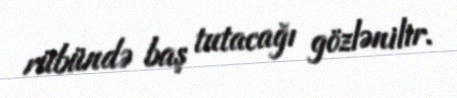
rübündə baş tutacağı gözlənilir.